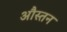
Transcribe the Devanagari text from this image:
औस्तन